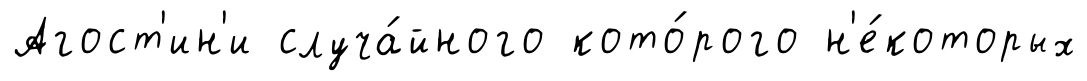
Агост'ин'и случа́йного кото́рого н'е́которых